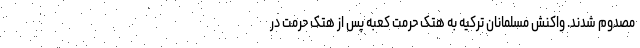
مصدوم شدند. واکنش مسلمانان ترکیه به هتک حرمت کعبه پس از هتک حرمت در